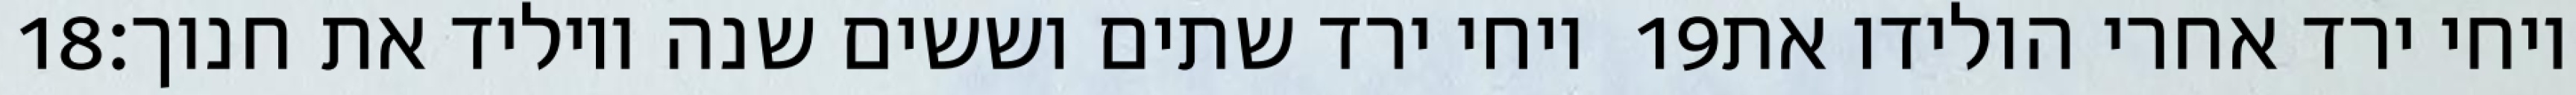
‎18‏ ויחי ירד שתים וששים שנה ויוליד את חנוך׃ ‎19‏ ויחי ירד אחרי הולידו את